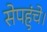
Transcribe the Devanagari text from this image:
सेपहुंचे।